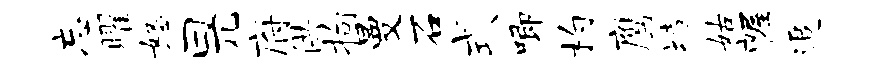
忘曜怒曰兀府供拘曼石式唧杓鹰堵姑幄追